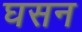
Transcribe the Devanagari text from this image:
घसन